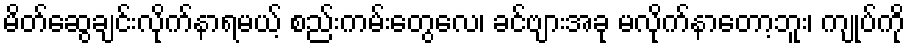
မိတ်ဆွေချင်းလိုက်နာရမယ့် စည်းကမ်းတွေလေ၊ ခင်ဗျားအခု မလိုက်နာတော့ဘူး၊ ကျုပ်ကို